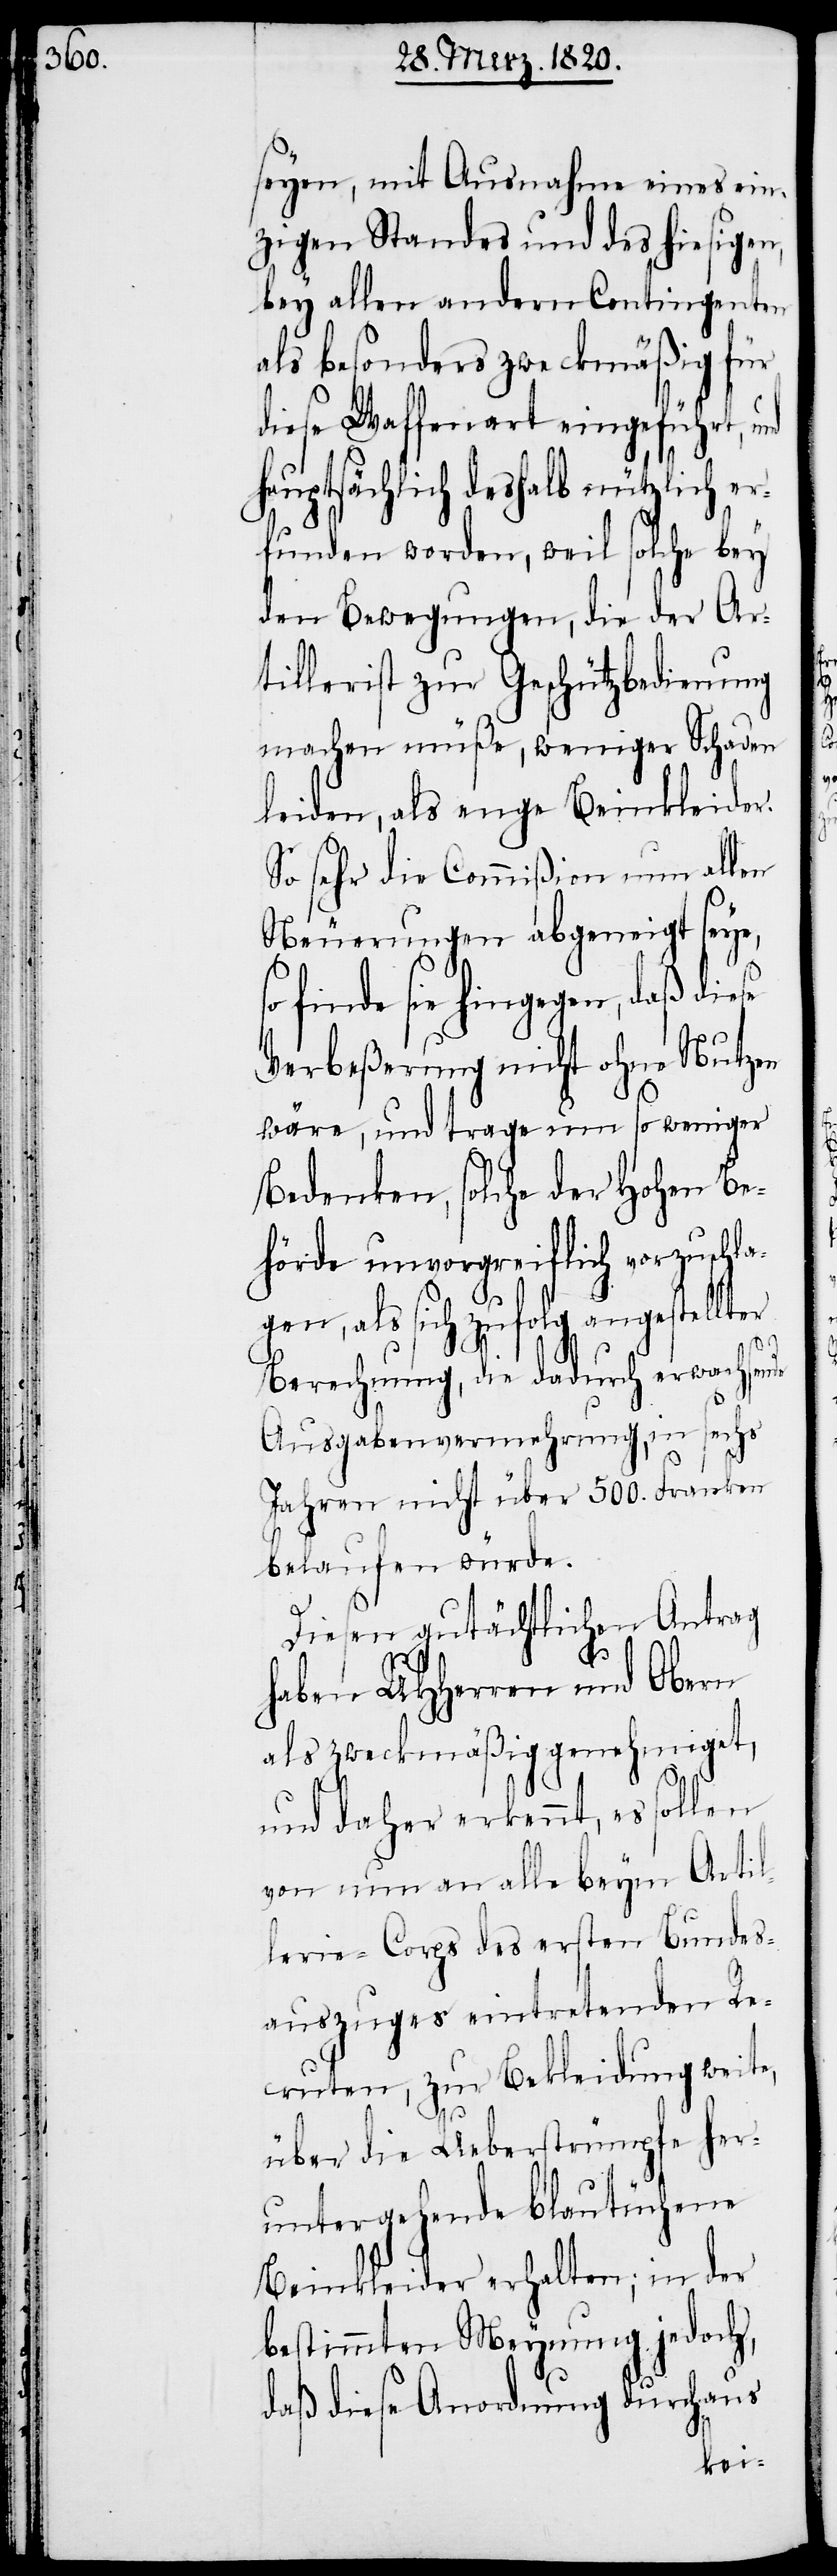
seyen, mit Ausnahme eines ein¬
zigen Standes und des hiesigen,
bey allen andern Contingenten
als besonders zweckmäßig für
diese Waffenart eingeführt, und
hauptsächlich deshalb nützlich er¬
funden worden, weil solche bey
den Bewegungen, die der Ar¬
tillerist zur Geschützbedienung
machen müße, weniger Schaden
leiden, als enge Beinkleider.
So sehr die Commißion nun allen
Neuerungen abgeneigt seye,
finde sie hingegen, daß diese
Verbeßerung nicht ohne Nutzen
wäre, und trage um so weniger
Bedenken, solche der Hohen Be¬
hörde unvorgreiflich vorzuschla¬
gen, als sich zufolg angestellter
Berechnung, die dadurch erwachsende
Ausgabenvermehrung, in sechs
Jahren nicht über 500. Franken
belaufen würde.
Diesen gutächtlichen Antrag
haben UHHerren und Obern
als zweckmäßig genehmiget,
und daher erkennt, es sollen
von nun an alle beym Artil¬
lerie-Corps des ersten Bundes¬
auszuges eintretenden Re¬
cruten, zur Bekleidung weite,
über die Ueberstrümpfe her¬
untergehende blautüchene
Beinkleider erhalten; in der
bestimmten Meynung jedoch,
daß diese Anordnung durchaus